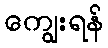
ကျွေးရန်